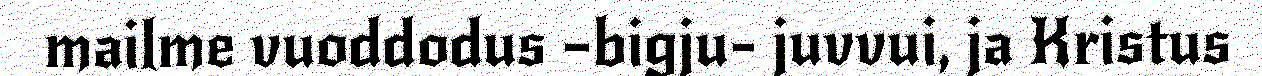
mailme vuoddodus –bigju- juvvui, ja Kristus